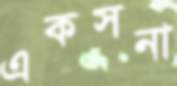
একসনা